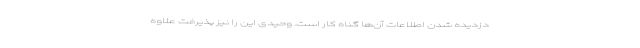
دزدیده شدن اطلاعات آن‌ها گناه کار است. وحیدی این را نیز پذیرفت علاوه